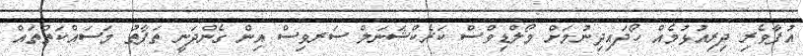
އުފާވެރި ދިރިއުޅުމެއް ހޯދައިދިނުމަށް މޯލްޑިވްސް ކަރެކްޝަނަލް ސަރވިސް އިން ގެންދަނީ ތަފާތު މަސައްކަތްތައް